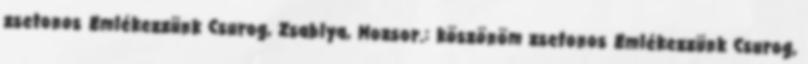
zsetonos Emlékezzünk Csurog, Zsablya, Mozsor.: köszönöm zsetonos Emlékezzünk Csurog,